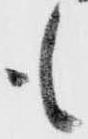
も